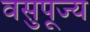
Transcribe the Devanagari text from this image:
वसुपूज्य